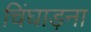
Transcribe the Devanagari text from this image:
चिंघाड़ना